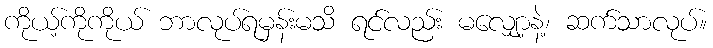
ကိုယ့်ကိုကိုယ် ဘာလုပ်ရမှန်းမသိ ရင်လည်း မလျှော့နဲ့၊ ဆက်သာလုပ်။